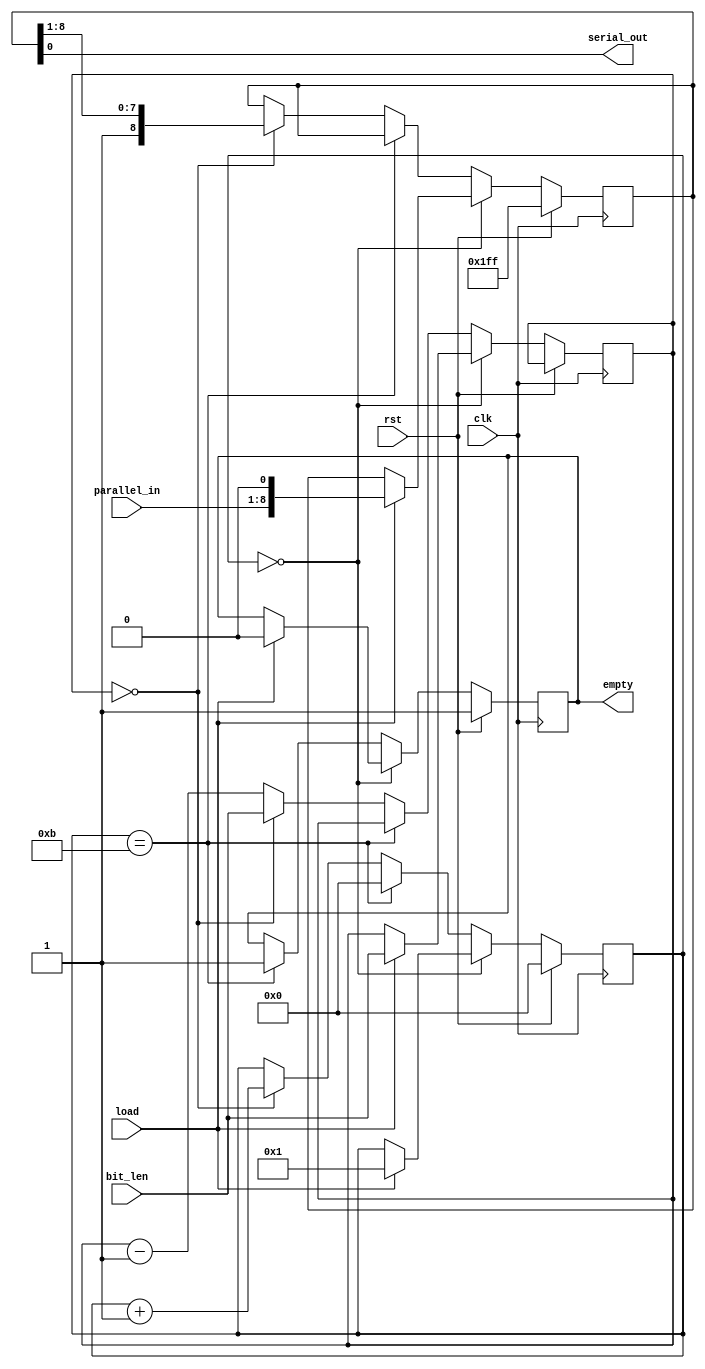
//
// xmt.v -- serial line transmitter
//


`timescale 1ns / 1ps
`default_nettype none


module xmt(clk, rst, bit_len, load, empty, parallel_in, serial_out);
    input clk;
    input rst;
    input [15:0] bit_len;
    input load;
    output reg empty;
    input [7:0] parallel_in;
    output serial_out;

  reg [3:0] state;
  reg [8:0] shift;
  reg [15:0] count;

  assign serial_out = shift[0];

  always @(posedge clk) begin
    if (rst) begin
      state <= 4'h0;
      shift <= 9'b111111111;
      empty <= 1'b1;
    end else begin
      if (state == 4'h0) begin
        if (load) begin
          state <= 4'h1;
          shift <= { parallel_in, 1'b0 };
          count <= bit_len;
          empty <= 1'b0;
        end
      end else
      if (state == 4'hb) begin
        state <= 4'h0;
        empty <= 1'b1;
      end else begin
        if (count == 16'd0) begin
          state <= state + 4'h1;
          shift[8:0] <= { 1'b1, shift[8:1] };
          count <= bit_len;
        end else begin
          count <= count - 16'd1;
        end
      end
    end
  end

endmodule